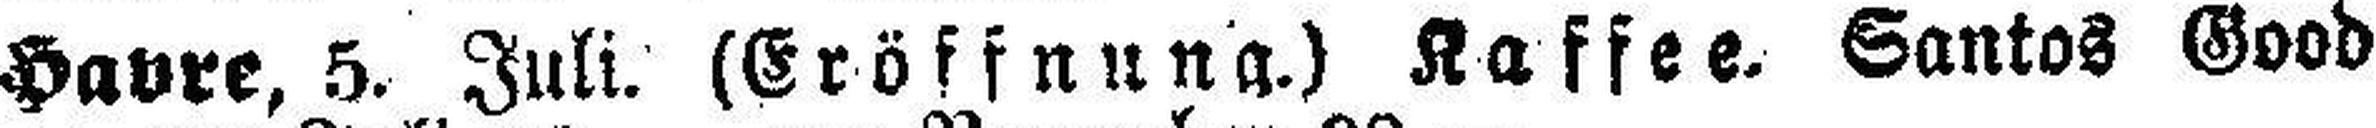
Havre, 5. Juli. (Eröffnung.) Kaffee. Santos Good